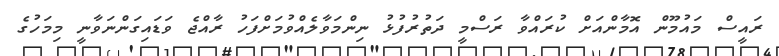
ރައީސް މައުމޫން އޮމާންއަށް ކުރައްވާ ރަސްމީ ދަތުރުފުޅު ނިންމަވާލެއްވުމަށްފަހު ރާއްޖެ ވަޑައިގަންނަވާނީ މިމަހުގެ